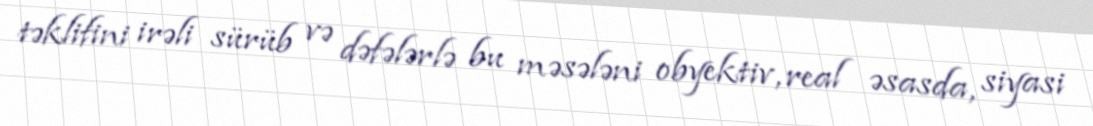
təklifini irəli sürüb və dəfələrlə bu məsələni obyektiv, real əsasda, siyasi